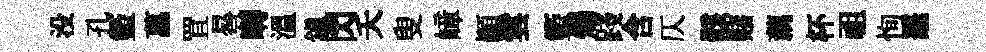
没孔籃菖罝晷囀溫鎮閃夭叟嶂顛雲籃燭踐含仄骸赌藕杯祖恂鼉